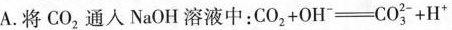
A.将CO_{2}通人NaOH溶液中：$$ CO_{2}+OH^{-}=CO_{3}^{2-}+H^{+} $$